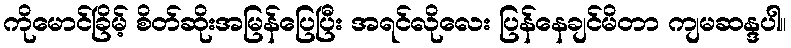
ကိုမောင်ခြိမ့် စိတ်ဆိုးအမြန်ပြေပြီး အရင်လိုလေး ပြန်နေချင်မိတာ ကျမဆန္ဒပါ။